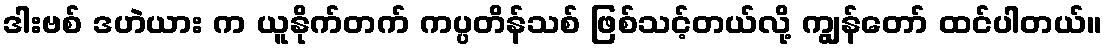
ဒါးဗစ် ဒဟဲယား က ယူနိုက်တက် ကပ္ပတိန်သစ် ဖြစ်သင့်တယ်လို့ ကျွန်တော် ထင်ပါတယ်။